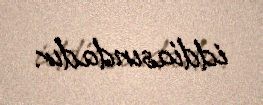
iddiasındadır.